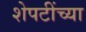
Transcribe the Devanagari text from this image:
शेपटींच्या